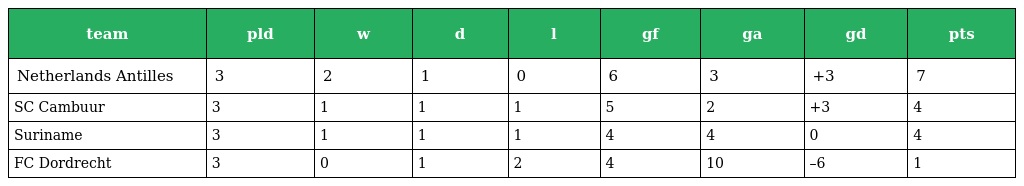
| team | pld | w | d | l | gf | ga | gd | pts |
 | --- | --- | --- | --- | --- | --- | --- | --- | --- |
 | Netherlands Antilles | 3 | 2 | 1 | 0 | 6 | 3 | +3 | 7 |
 | SC Cambuur | 3 | 1 | 1 | 1 | 5 | 2 | +3 | 4 |
 | Suriname | 3 | 1 | 1 | 1 | 4 | 4 | 0 | 4 |
 | FC Dordrecht | 3 | 0 | 1 | 2 | 4 | 10 | –6 | 1 |